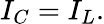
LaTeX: I_{C}=I_{L}.